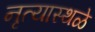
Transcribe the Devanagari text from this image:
नृत्यास्थळे